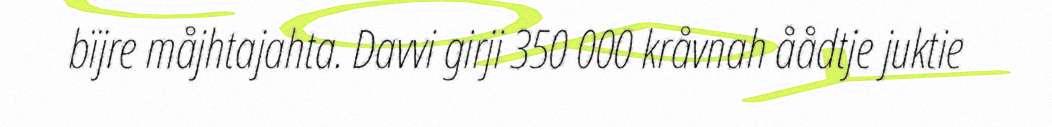
bïjre måjhtajahta. Davvi girji 350 000 kråvnah åådtje juktie